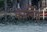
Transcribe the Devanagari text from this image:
कालिफ